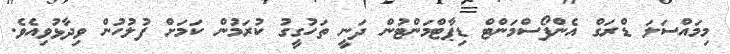
މިމައްސަލަ ޑްރަގް އެންފޯސްމަންޓް ޑިޕާޓްމަންޓުން ދަނީ ތަހުގީގު ކުރަމުން ކަމަށް ފުލުހުން ވިދާޅުވިއެވެ.